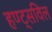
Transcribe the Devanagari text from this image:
हण्ट्सविल